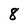
Character: 8